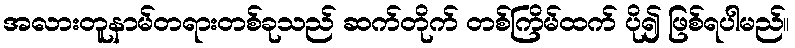
အလားတူနာမ်တရားတစ်ခုသည် ဆက်တိုက် တစ်ကြိမ်ထက် ပို၍ ဖြစ်ရပါမည်။